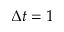
\Delta t = 1